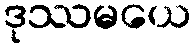
ဒုဿမယေ